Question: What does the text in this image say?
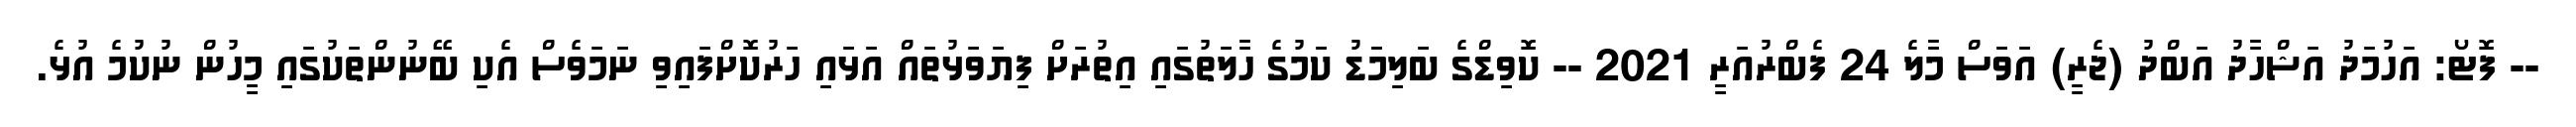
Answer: -- ފޮޓޯ: އަހުމަދު އަޝްހާދު އަބްދު (ޖެރީ) އަވަސް މާލެ 24 ފެބްރުއަރީ 2021 -- ކޮވިޑްގެ ބަލިމަޑު ކަމުގެ ހާލަތުގައި އިތުރަށް ފިޔަވަޅުތައް އަޅައި ހަރުކޮށްފައިވި ނަމަވެސް އެކި ބޭނުންތަކުގައި މީހުން ނުކުމެ އުޅެ.